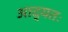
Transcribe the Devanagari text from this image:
आद्यतः